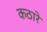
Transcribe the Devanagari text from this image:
कठारे